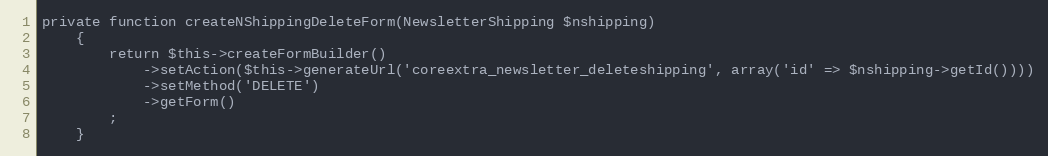
Language: PHP
private function createNShippingDeleteForm(NewsletterShipping $nshipping)
    {
        return $this->createFormBuilder()
            ->setAction($this->generateUrl('coreextra_newsletter_deleteshipping', array('id' => $nshipping->getId())))
            ->setMethod('DELETE')
            ->getForm()
        ;
    }